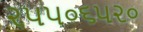
૨૫૫૦૬૫૨૦